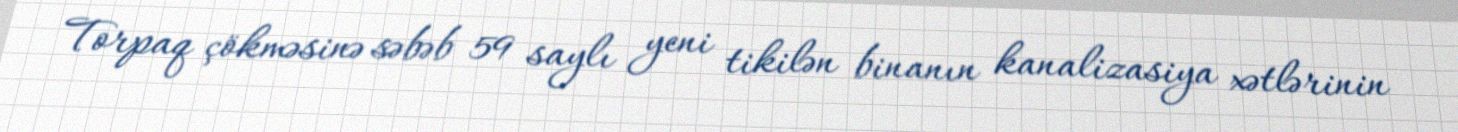
Torpaq çökməsinə səbəb 59 saylı yeni tikilən binanın kanalizasiya xətlərinin